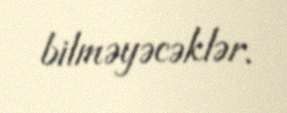
bilməyəcəklər.